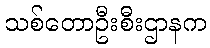
သစ်တောဦးစီးဌာနက